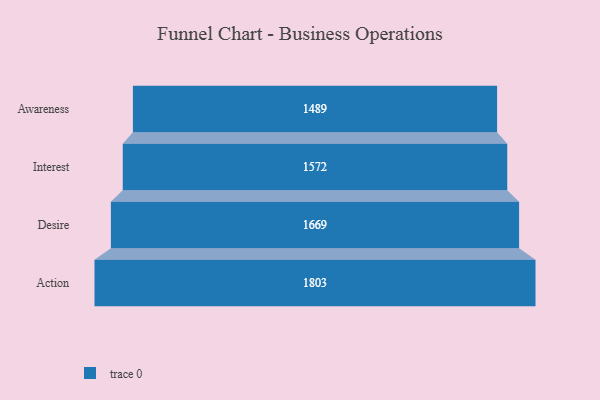
{"axis": {"x": "Stage", "y": "Value"}, "legend": [""], "data": [{"x": "Awareness", "y": 1489.0, "type": ""}, {"x": "Interest", "y": 1572.0, "type": ""}, {"x": "Desire", "y": 1669.0, "type": ""}, {"x": "Action", "y": 1803.0, "type": ""}]}